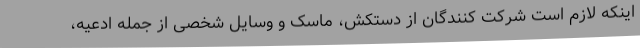
اینکه لازم است شرکت کنندگان از دستکش، ماسک و وسایل شخصی از جمله ادعیه،